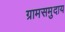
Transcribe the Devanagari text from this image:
ग्रामसमुदाय